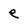
Character: e